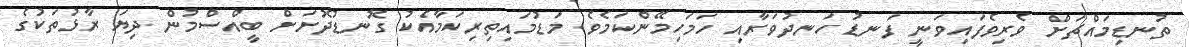
ތުނޑިމައްޗަށް ވެރިވެފައިވަނީ ފަނޑު ހަނދުވަރާއި ހަމަހިމޭންކަމެވެ. މަޑުމައިތިރިކަމާއެކު ގޮނޑުދޮށަށް ބީއްސްމުން ދިޔަ ރާޅުތަކުގެ